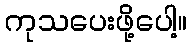
ကုသပေးဖို့ပေါ့။